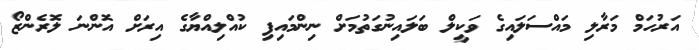
އަރުހަމް މަރާލި މައްސަލައިގެ ވަކީލް ބަލައިނުގަތުމަށް ނިންމައިފި ކުއްލިއްޔާގެ އިރަށް އޮންނަ ލޮރެންޒޯ